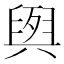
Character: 𮍭